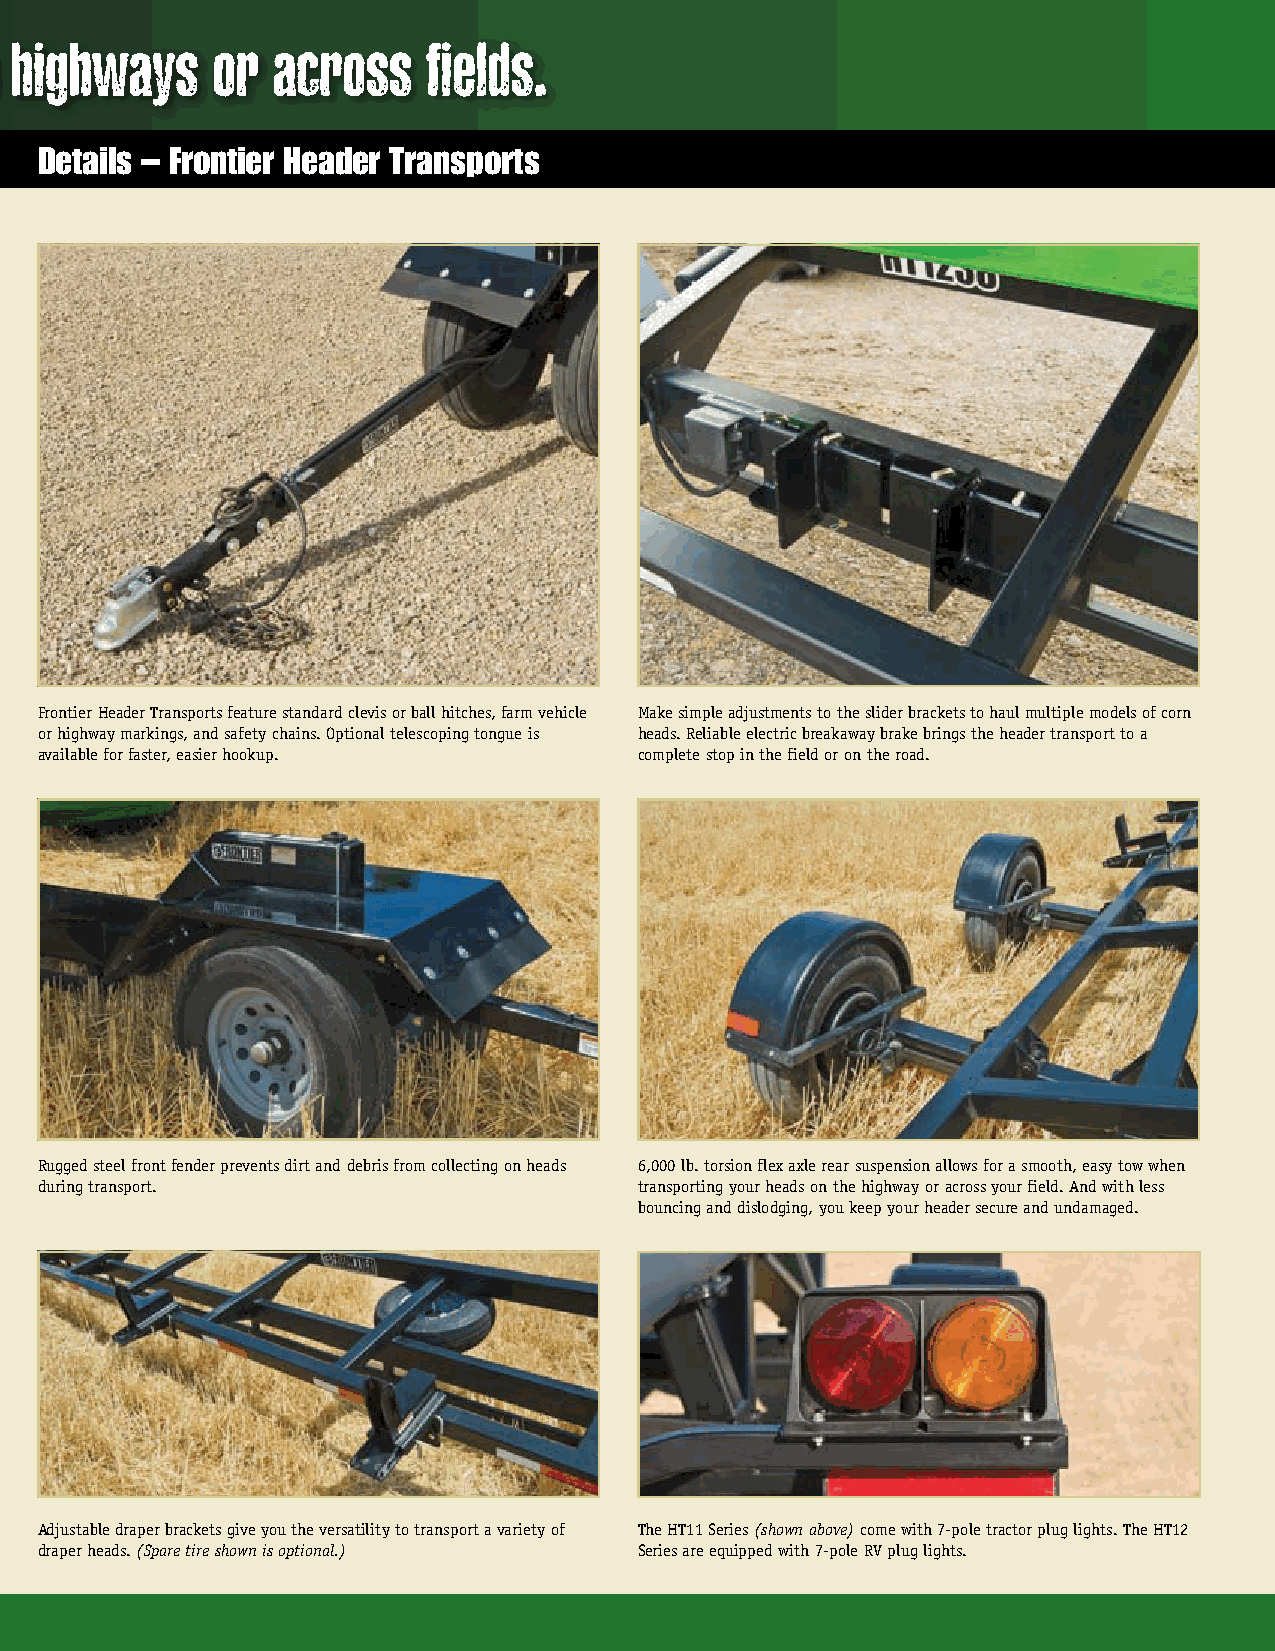
Haul your combine heads securely on highways or across fields.
 Details – Frontier Header Transports
 Frontier Header Transports feature standard clevis or ball hitches, farm vehicle Make simple adjustments to the slider brackets to haul multiple models of corn
 or highway markings, and safety chains. Optional telescoping tongue is heads. Reliable electric breakaway brake brings the header transport to a
 available for faster, easier hookup.    complete stop in the field or on the road.
 Rugged steel front fender prevents dirt and debris from collecting on heads 6,000 lb. torsion flex axle rear suspension allows for a smooth, easy tow when
 during transport.                       transporting your heads on the highway or across your field. And with less
 bouncing and dislodging, you keep your header secure and undamaged.
 Adjustable draper brackets give you the versatility to transport a variety of The HT11 Series (shown above) come with 7-pole tractor plug lights. The HT12
 draper heads. (Spare tire shown is optional.) Series are equipped with 7-pole RV plug lights.